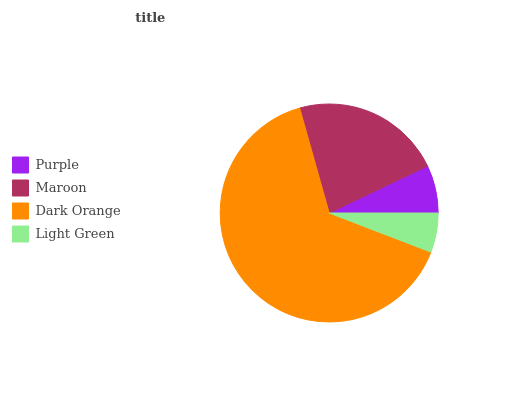
| Purple | Maroon | Dark Orange | Light Green |
 | --- | --- | --- | --- |
 | 7.1% | 22.3% | 64.8% | 5.84% |